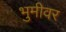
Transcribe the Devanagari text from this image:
भुमीवर